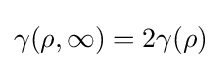
\gamma (\rho ,\infty )=2\gamma (\rho )